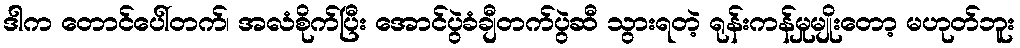
ဒါက တောင်ပေါ်တက်၊ အလံစိုက်ပြီး အောင်ပွဲခံချီတက်ပွဲဆီ သွားရတဲ့ ရုန်းကန်မှုမျိုးတော့ မဟုတ်ဘူး